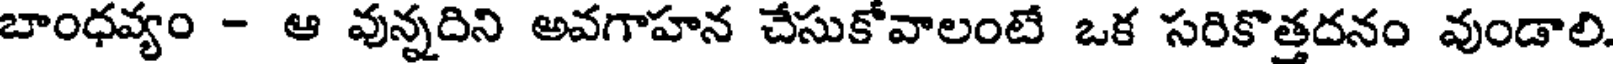
బాంధవ్యం - ఆ వున్నదిని అవగాహన చేసుకోవాలంటే ఒక సరికొత్తదనం వుండాలి